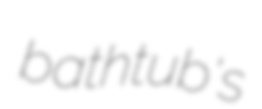
bathtub's